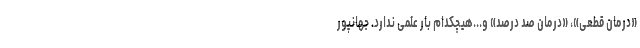
«درمان قطعی»، «درمان صد درصد» و...هیچکدام بار علمی ندارد. جهانپور